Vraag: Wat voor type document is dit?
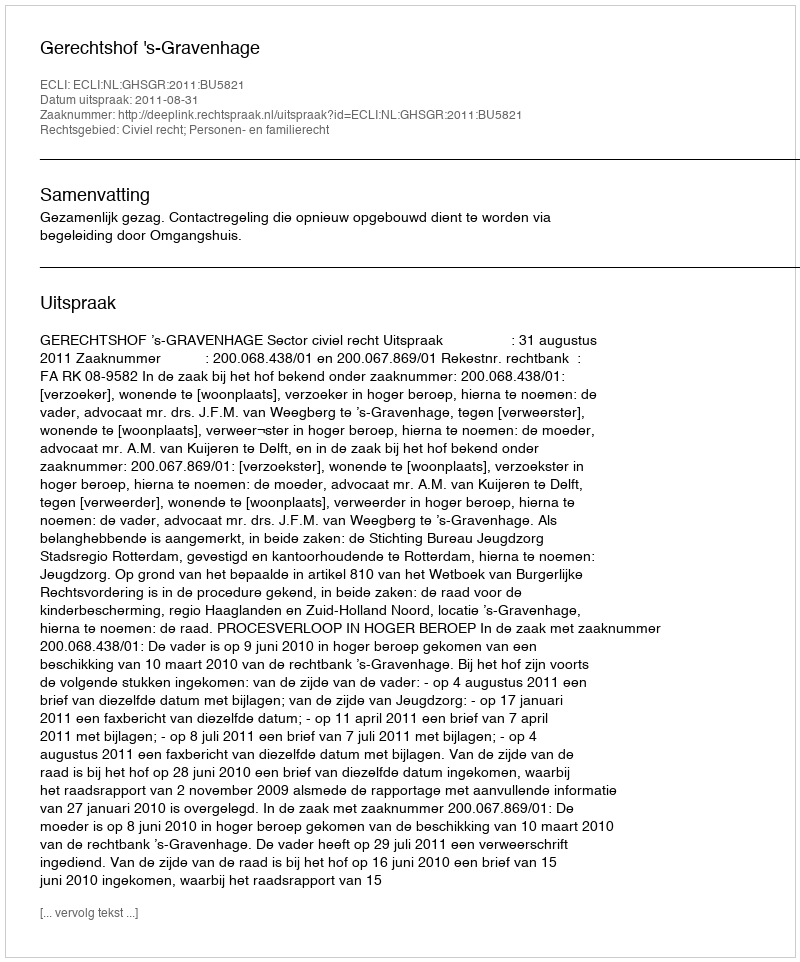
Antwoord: Uitspraak